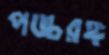
পঙ্চরঙ্গ